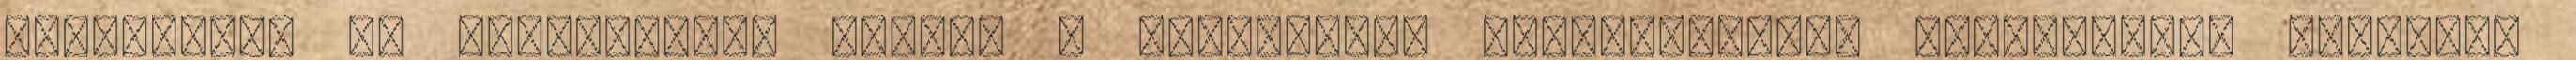
fázisokban az edzőpályák, vagyis a szabadtéri edzőfelületek kialakítása történik